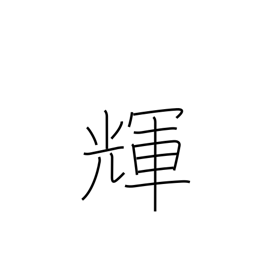
Meaning: gleam